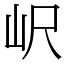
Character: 𡵸